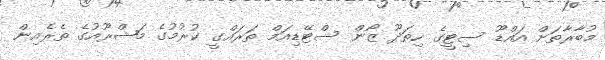
މުބާރާތަށް އައްޑޫ ސިޓީގެ ހިތަދޫ ޒޯން ސްޓޭޑިއަމް ތަރައްގީ ކުރުމުގެ މަޝްރޫއުގެ ތެރެއިން